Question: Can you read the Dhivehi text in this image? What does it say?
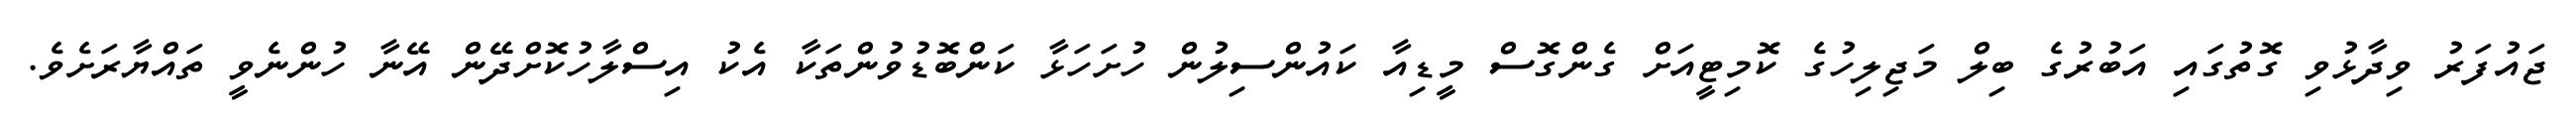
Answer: ޖައުފަރު ވިދާޅުވި ގޮތުގައި އަބުރުގެ ބިލް މަޖިލިހުގެ ކޮމިޓީއަށް ގެންގޮސް މީޑިއާ ކައުންސިލުން ހުށަހަޅާ ކަންބޮޑުވުންތަކާ އެކު އިސްލާހުކޮށްދޭން އޭނާ ހުންނެވީ ތައްޔާރަށެވެ.